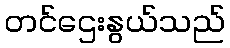
တင်ဌေးနွယ်သည်